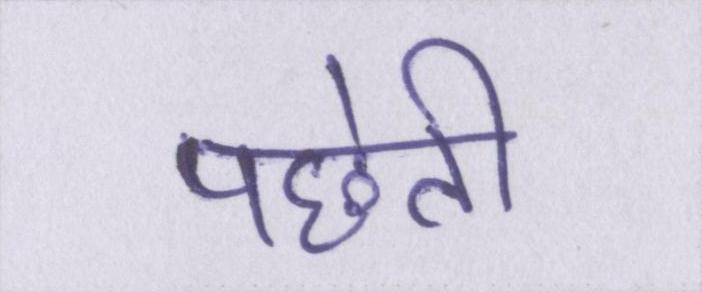
पछेती